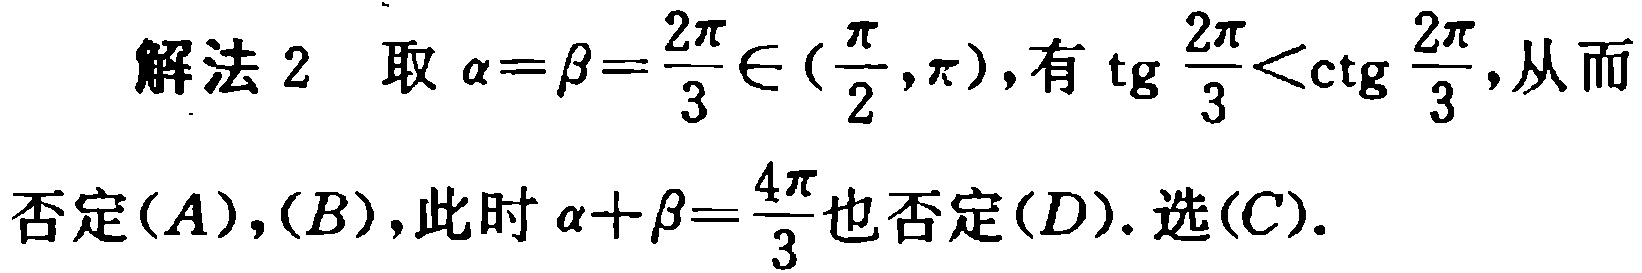
解法 2 取 \(\alpha=\beta=\frac{2\pi}{3}\in(\frac{\pi}{2},\pi)\), 有 \(\mathrm{tg}\frac{2\pi}{3}<\mathrm{ctg}\frac{2\pi}{3}\), 从而否定\((A),(B)\), 此时 \(\alpha + \beta=\frac{4\pi}{3}\)也否定\((D)\). 选\((C)\).